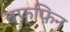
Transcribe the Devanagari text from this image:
बफ्फिन